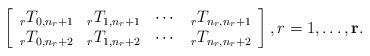
LaTeX: \begin{align*} \left[ \begin{array}{cccc} _rT_{0,n_r+1} & _rT_{1,n_r+1} & \cdots & _rT_{n_r,n_r+1} \\ _rT_{0,n_r+2} & _rT_{1,n_r+2} & \cdots & _rT_{n_r,n_r+2} \end{array} \right], r=1,\ldots,\mathbf r. \end{align*}